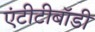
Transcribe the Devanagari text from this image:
एंटीटीबॉडी